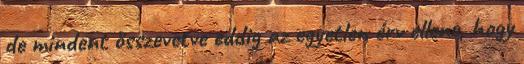
de mindent összevetve eddig az egyetlen érv ellene, hogy